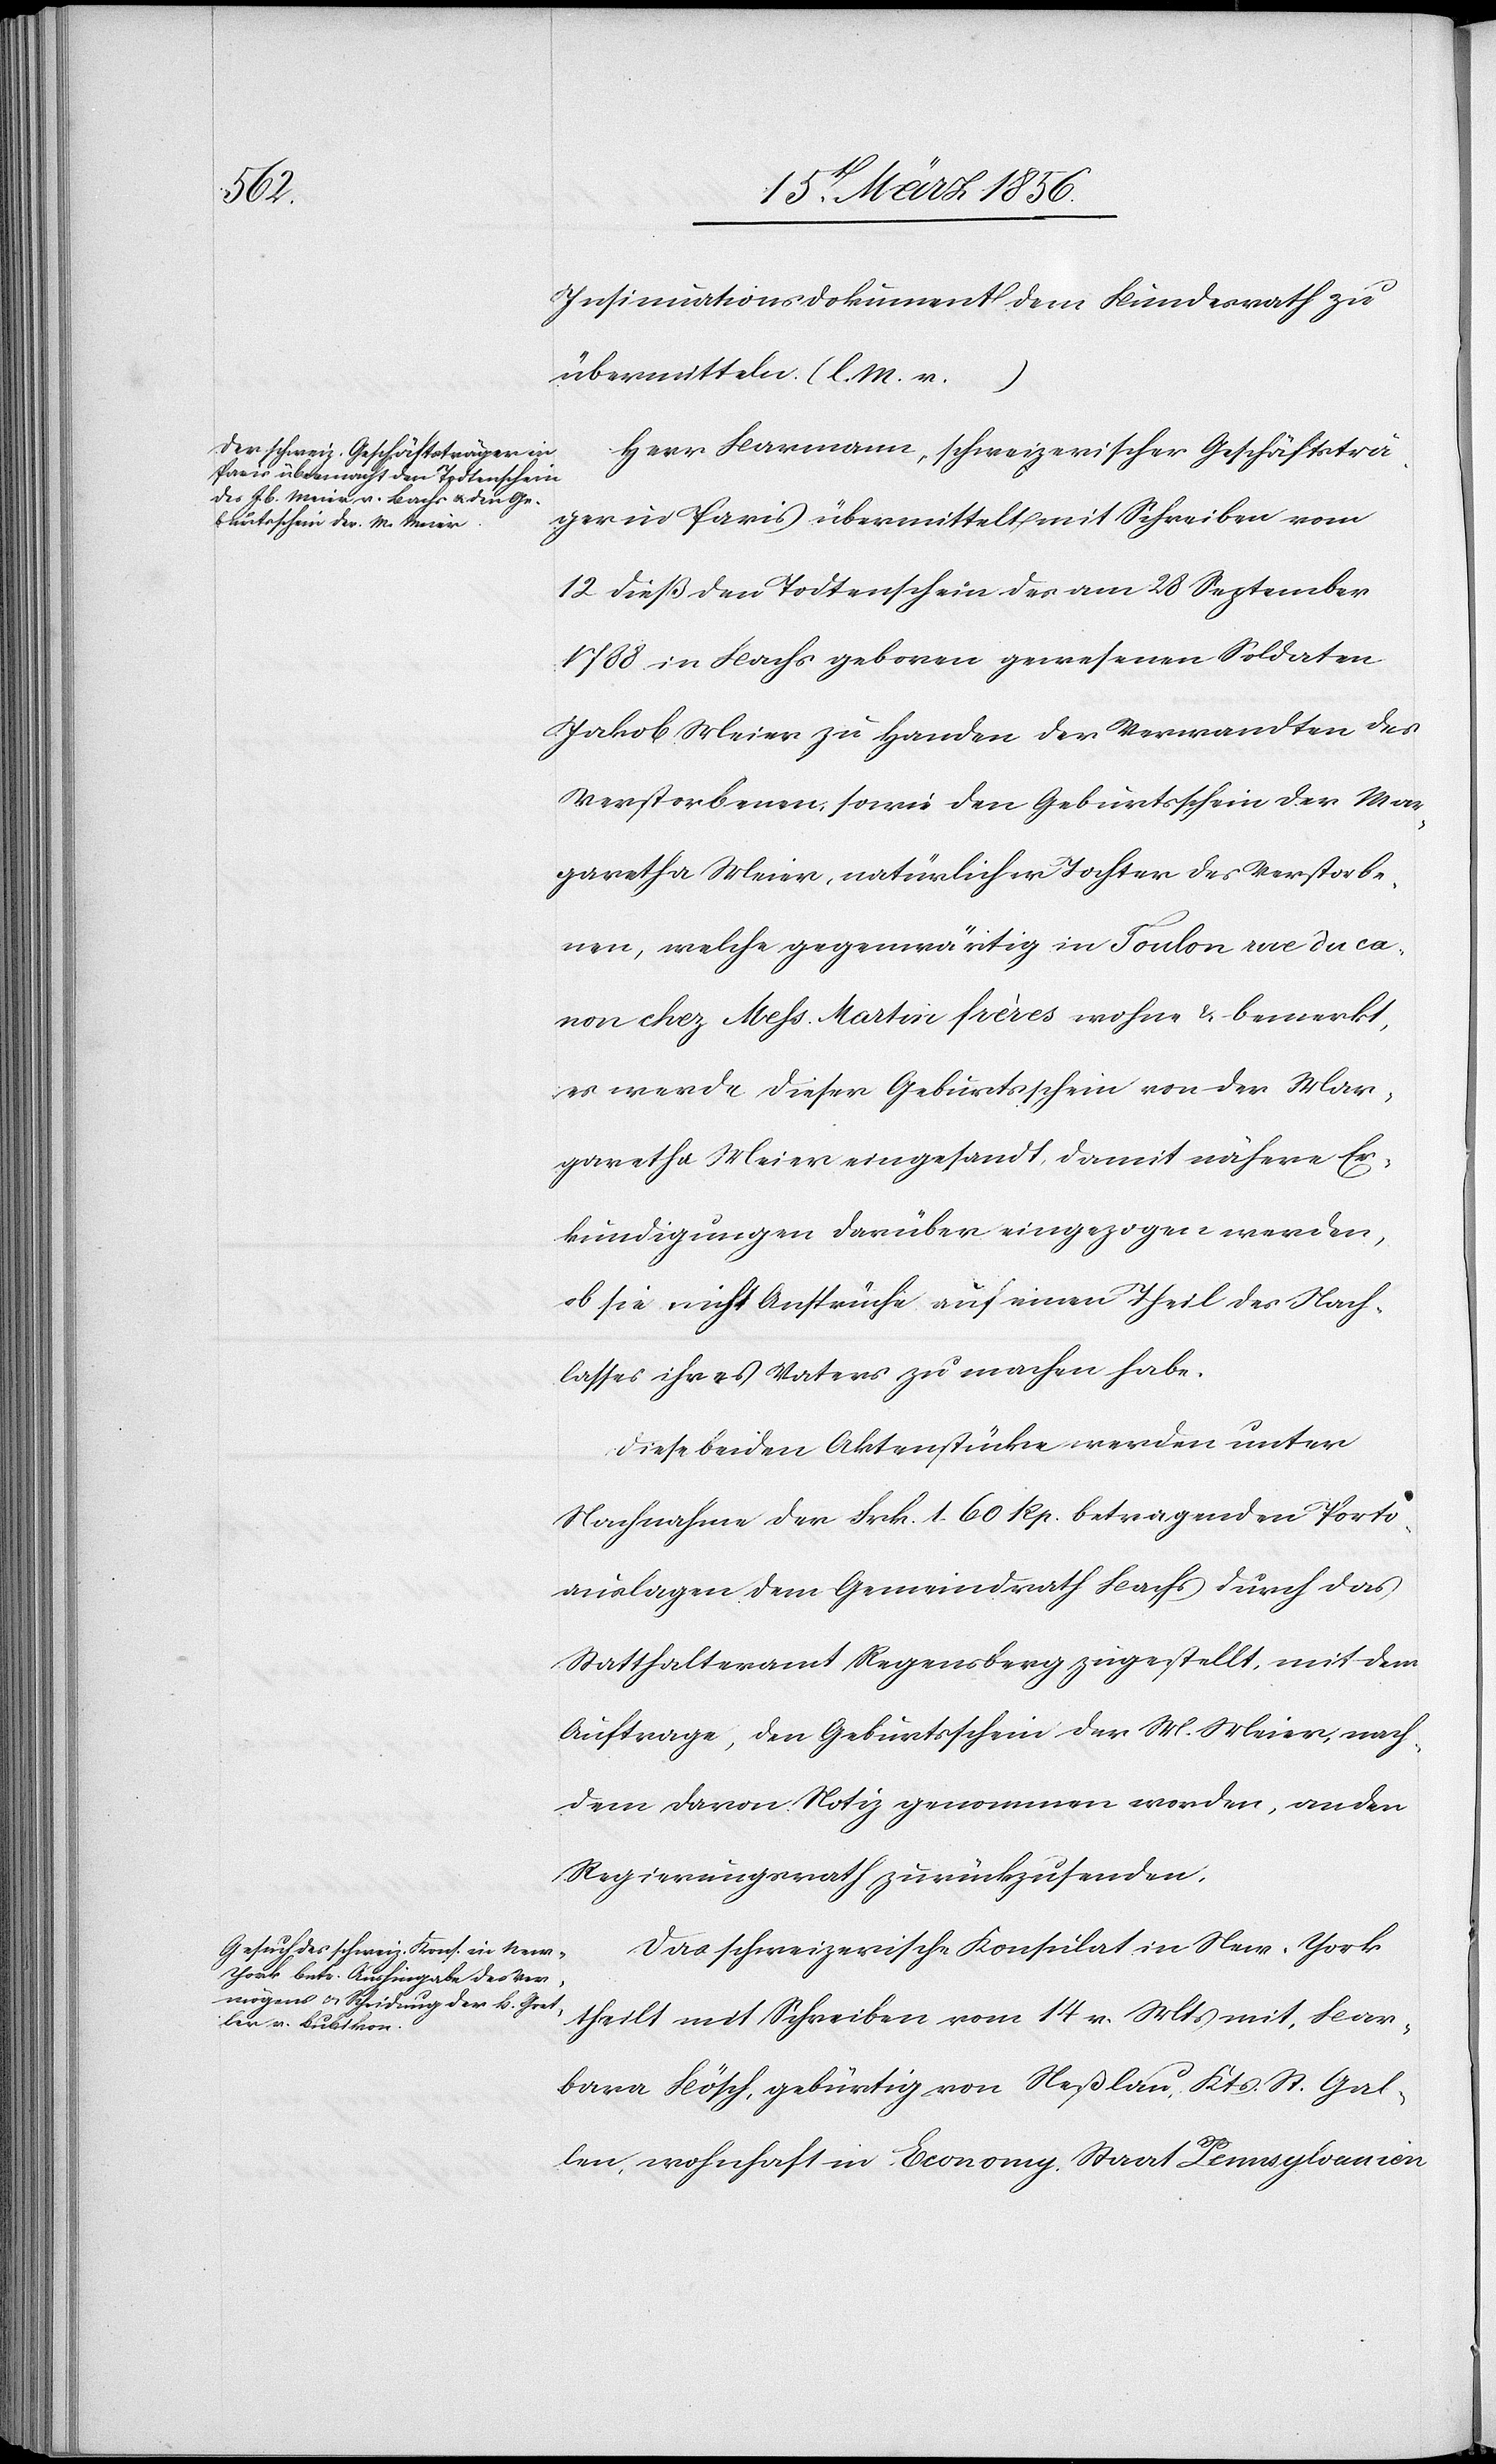
Insinuationsdokument dem Bundesrath zu
übermitteln. (l. M. v. …)
Herr Barmann, schweizerischer Geschäftsträ¬
ger in Paris übermittelt mit Schreiben vom
12 dieß den Todtenschein des am 28 September
1788 in Bachs geboren gewesenen Soldaten
Jakob Meier zu Handen der Verwandten des
Verstorbenen, sowie den Geburtsschein der Mar¬
garetha Meier, natürlicher Tochter des Verstorbe¬
nen, welche gegenwärtig in Toulon rue du ca¬
non chez Mehs. Martin frères wohne & bemerkt,
es werde dieser Geburtsschein von der Mar¬
garetha Meier eingesandt, damit nähere Er¬
kundigungen darüber eingezogen werden,
ob sie nicht Ansprüche auf einen Theil des Nach¬
lasses ihres Vaters zu machen habe.
Diese beiden Aktenstücke werden unter
Nachnahme der Frk. 1. 60 Rp. betragenden Porto¬
auslagen dem Gemeindrath Bachs durch das
Statthalteramt Regensberg zugestellt, mit dem
Auftrage, den Geburtsschein der M. Meier, nach¬
dem davon Notiz genommen worden, an den
Regierungsrath zurückzusenden.
Das schweizerische Konsulat in New-York
theilt mit Schreiben vom 14 v. Mts mit, Bar¬
bara Bösch, gebürtig von Neßlau, Kts. St. Gal¬
len, wohnhaft in Economy, Staat Pennsylvanion